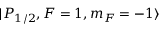
| P _ { 1 / 2 } , F = 1 , m _ { F } = - 1 \rangle